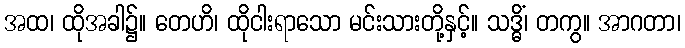
အထ၊ ထိုအခါ၌။ တေဟိ၊ ထိုငါးရာသော မင်းသားတို့နှင့်။ သဒ္ဓိံ၊ တကွ။ အာဂတာ၊